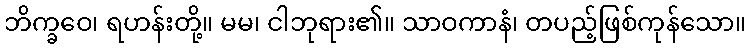
ဘိက္ခဝေ၊ ရဟန်းတို့။ မမ၊ ငါဘုရား၏။ သာဝကာနံ၊ တပည့်ဖြစ်ကုန်သော။